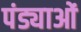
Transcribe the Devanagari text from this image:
पंड्याओं